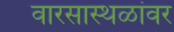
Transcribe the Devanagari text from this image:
वारसास्थळांवर